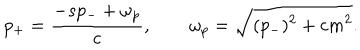
p _ { + } = { \frac { - s p _ { - } + \omega _ { p } } { c } } , \qquad \omega _ { p } = \sqrt { ( p _ { - } ) ^ { 2 } + c m ^ { 2 } } .